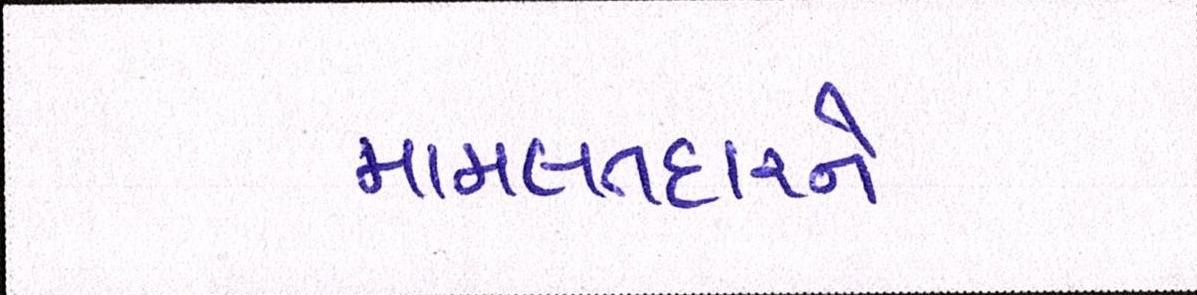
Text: મામલતદારને